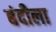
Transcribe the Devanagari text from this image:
बंदीला